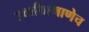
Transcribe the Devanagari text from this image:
उक्तीप्रमाणेच